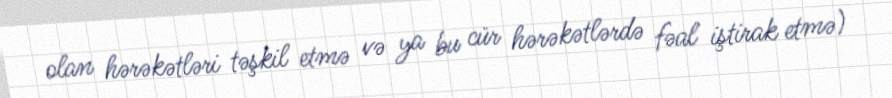
olan hərəkətləri təşkil etmə və ya bu cür hərəkətlərdə fəal iştirak etmə)